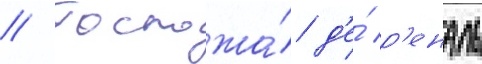
// Госпожа́ д'е́ р'еналь